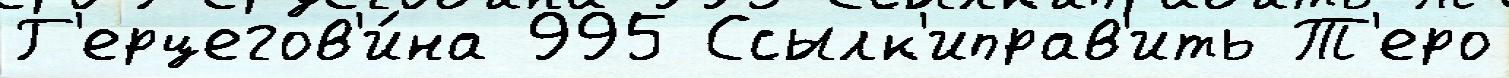
Г'ерцегов'и́на 995 Ссылк'иправ'ить Т'еро